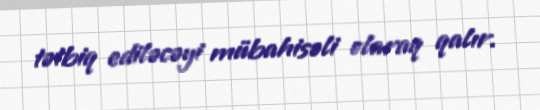
tətbiq ediləcəyi mübahisəli olaraq qalır.